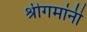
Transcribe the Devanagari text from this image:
श्रीगमांनी